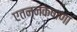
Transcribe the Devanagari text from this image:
एतन्नक्षाणां